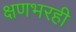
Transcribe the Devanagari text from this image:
क्षणभरही